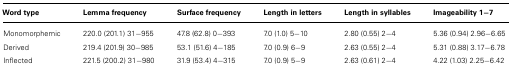
| Word type | Lemma frequency | Surface frequency | Length in letters | Length in syllables | Imageability 1-7 |
 | --- | --- | --- | --- | --- | --- |
 | Monomorphemic | 220.0 (201.1) 31-955 | 47.8 (62.8) 0-393 | 7.0 (1.0) 5-10 | 2.80 (0.55) 2-4 | 5.36 (0.94) 2.96-6.65 |
 | Derived | 219.4 (201.9) 30-985 | 53.1 (51.6) 4-185 | 7.0 (0.9) 6-9 | 2.63 (0.55) 2-4 | 5.31 (0.88) 3.17-6.78 |
 | Inflected | 221.5 (200.2) 31-980 | 31.9 (53.4) 4-315 | 7.0 (0.9) 5-9 | 2.63 (0.61) 2-4 | 4.22 (1.03) 2.25-6.42 |